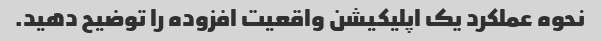
نحوه عملکرد یک اپلیکیشن واقعیت افزوده را توضیح دهید.